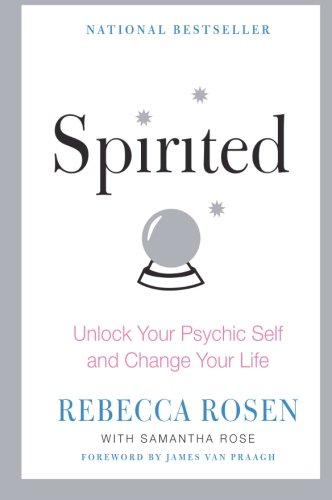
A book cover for Spirited: Unlock Your Psychic Self and Change Your Life; Rebecca Rosen; Religion & Spirituality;